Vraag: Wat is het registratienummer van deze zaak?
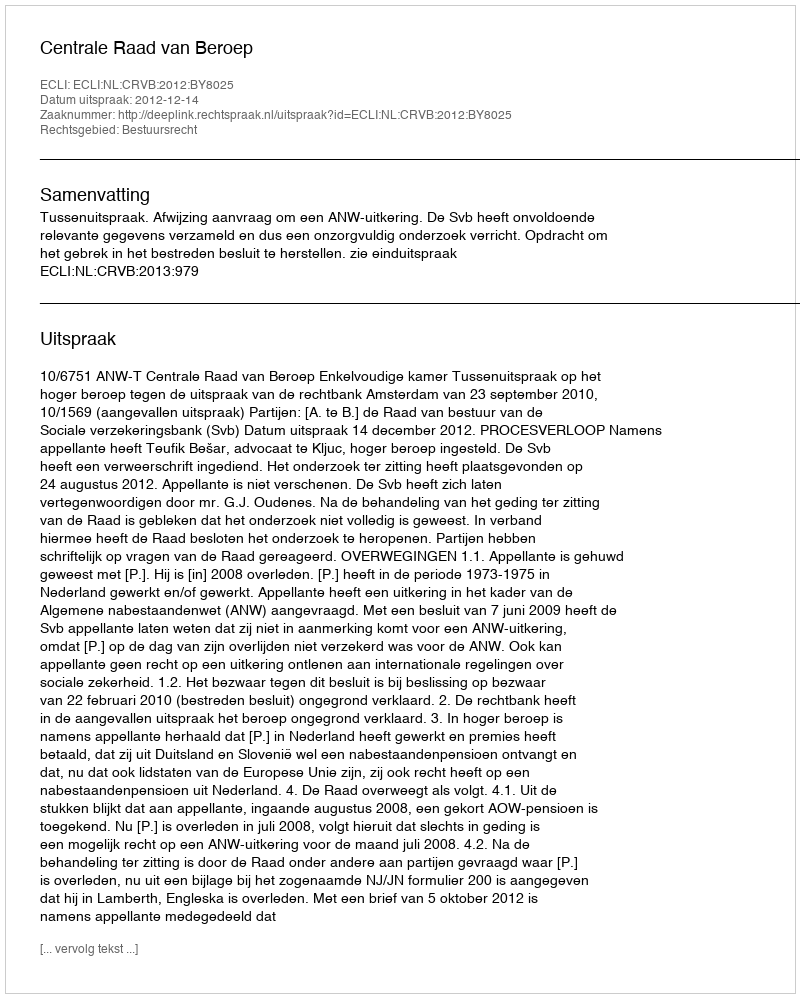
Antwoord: http://deeplink.rechtspraak.nl/uitspraak?id=ECLI:NL:CRVB:2012:BY8025